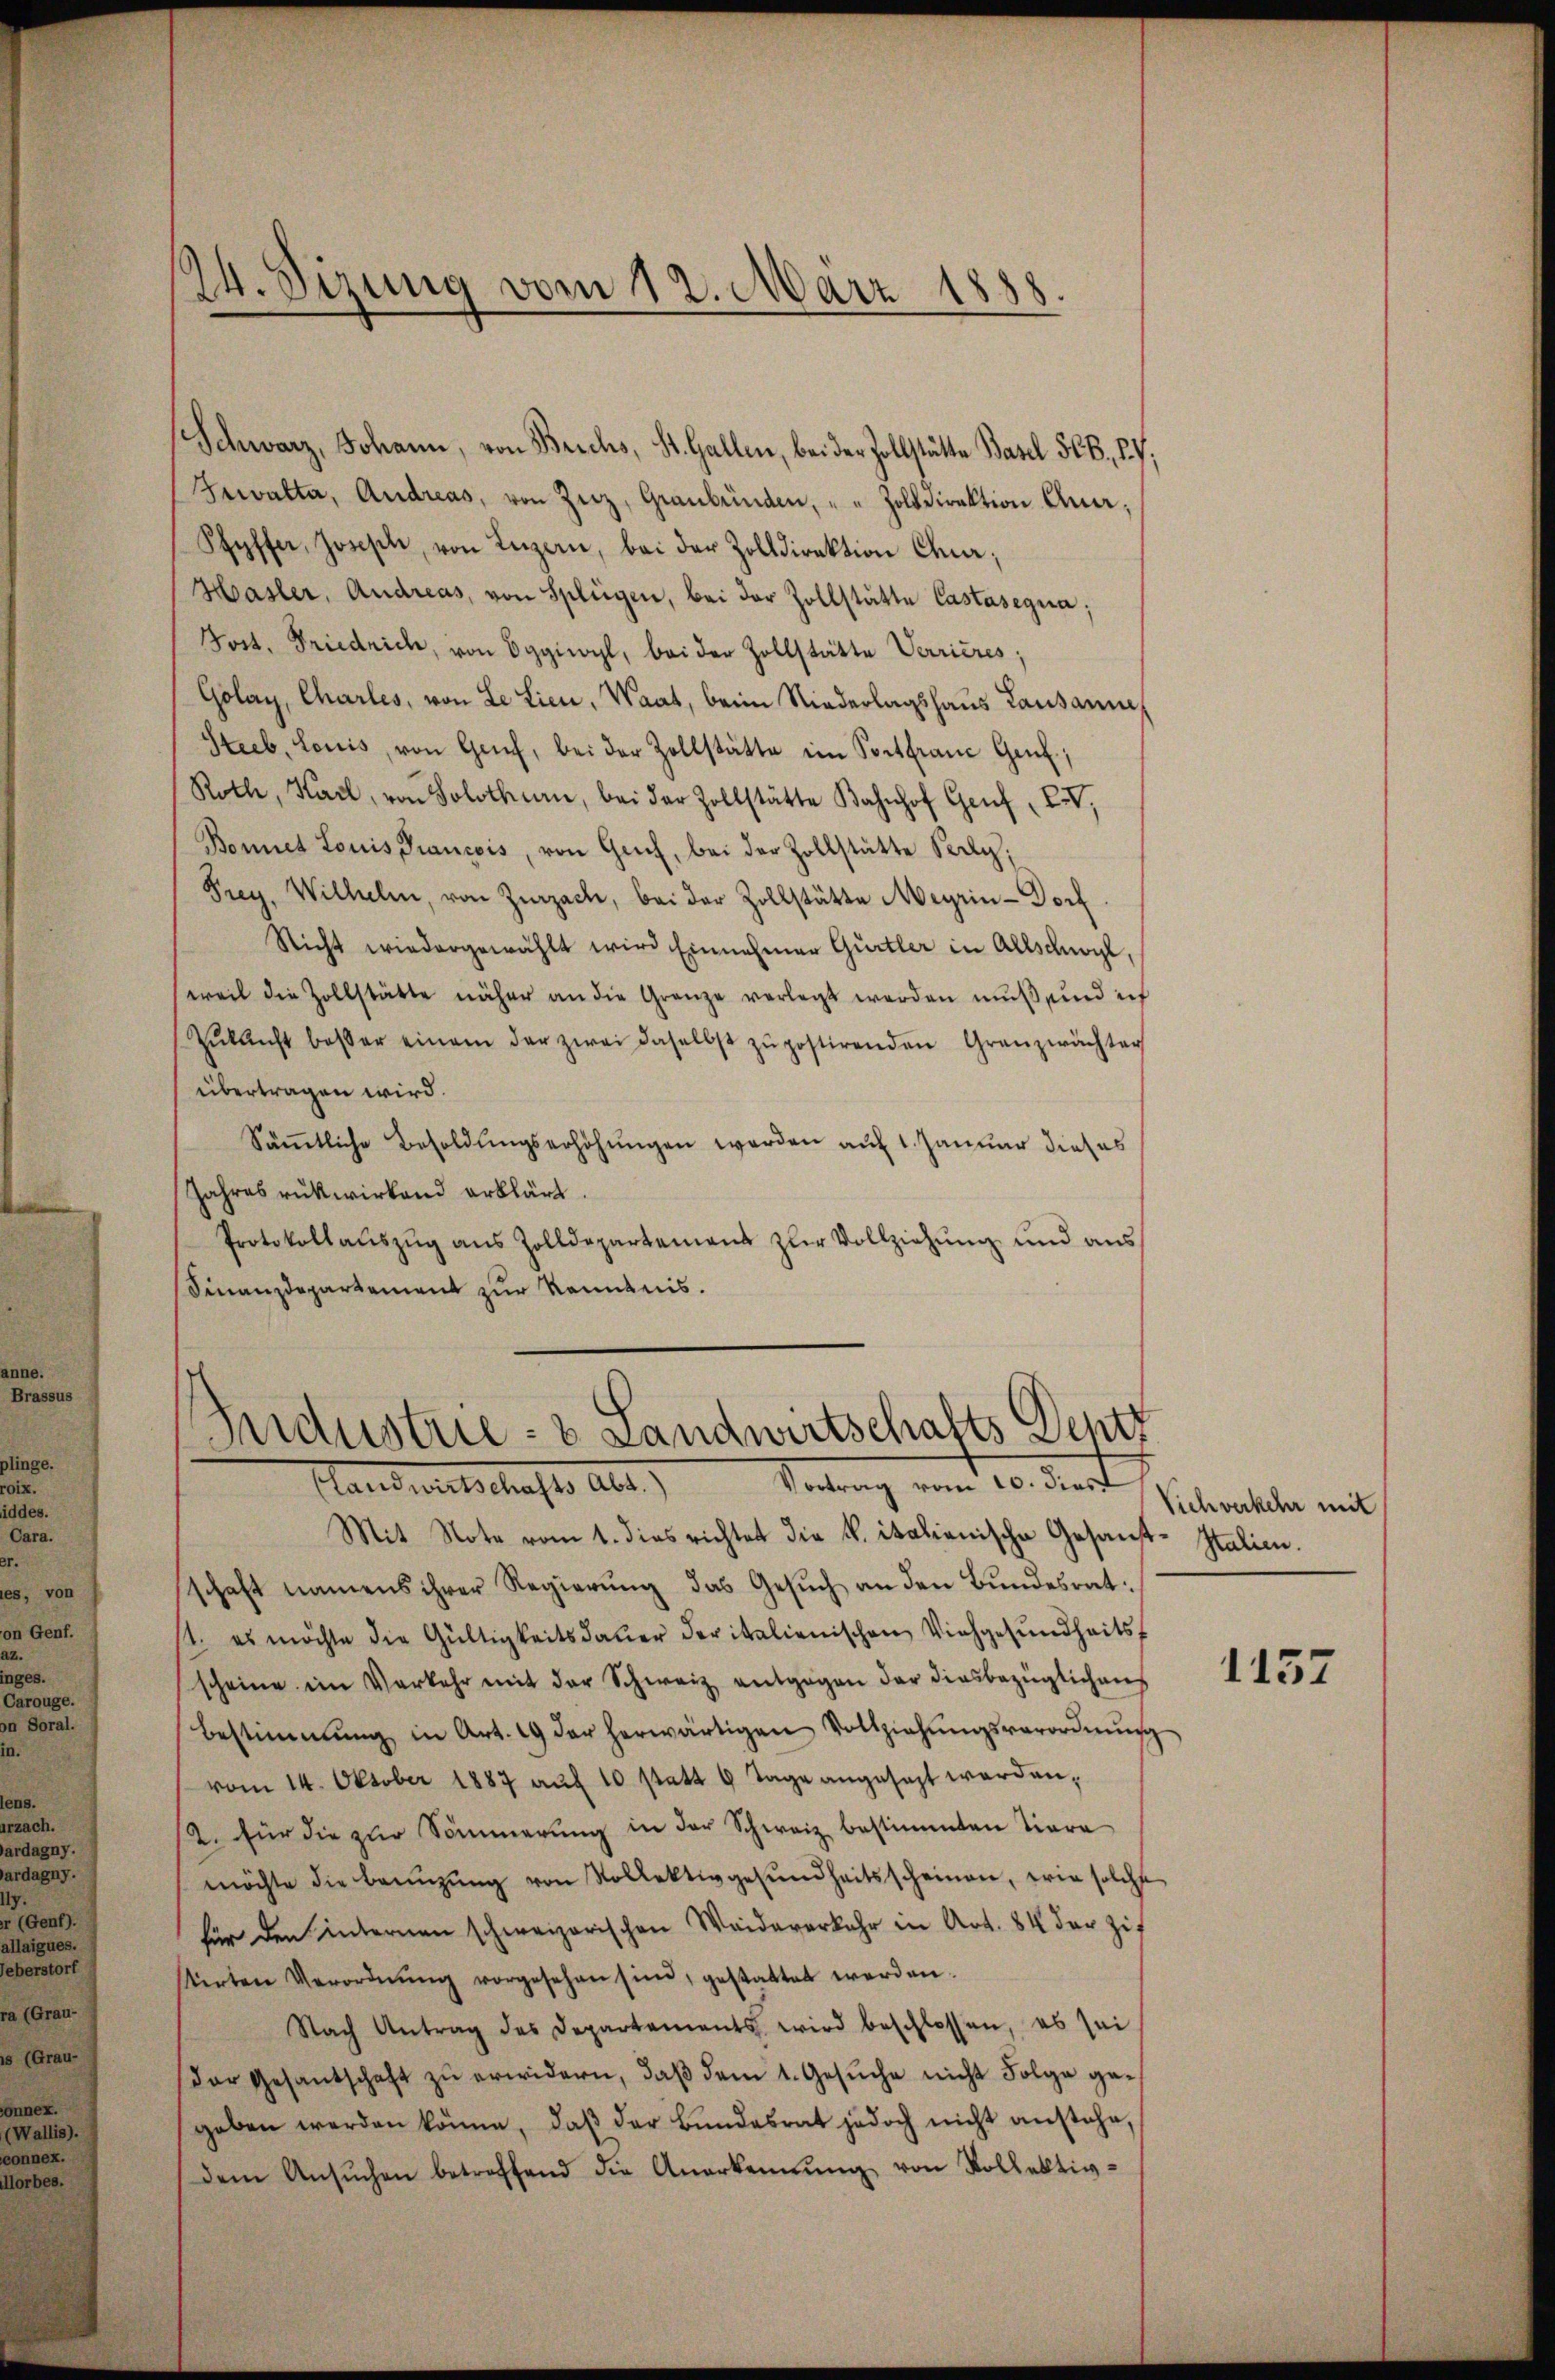
Schwarz, Johann, von Berchs, St. Gallen, bei der Zollstätte Basel 506, 17,
Gewalter, Andreas, von Zuz, Graubünden, " " Zolldirektion Ana¬
Styffer, Joseph, von Luzern, bei der Zolldirektion Chur,
Hasler, Andreas, von Splügen, bei der Zollstätte Castasegua
Post. Friedrich, von Eggioyl, bei der Zollstätte Verrières;
Golay, Charles, von Le Lieu, Waat, beim Niederlagshaus Lausanne
Steeb, Louis, von Genf, bei der Zollstätte im Soctfranc Genf;
Roth, Karl, von Solothurn, bei der Zollstätte Bahnhof Genf XIV,
Bonnet Louis Francois, von Gech, bei der Zollstätte Seele,
Prey. Wilhelm, von Zurzach, bei der Zollstätte Meyrin Dorf
Nicht wiedergewählt wird Einnahmen Gurtler in Allschwyl,
weil die Zollstätte näher an die Granze verlegt werden mŭβ und ich
Zŭlanft besser einem der zwei daselbst zŭ postirenden Granzwächter
übertragen wird.
Säṁtliche Besoldŭngserhöhŭngen werden auf 1. Januar dieses
Jahres rükwirkend erklärt.
Protokollauszug aus Zolldepartemens zur Vollziehung und aus
Finanzdepartement zur Kenntnis.

24. Sizung vom 12. März 1888.

Industrie- & Landwirtschafts Deptz
Vortrag vom 10. dies
Handwirtschafte als

Mit Note vom 1. dies richtet die K. italienische Gesandt-Italien.
schaft namens ihrer Regierung das Gesuch an den Bundesrat:
11. es möchte die Gültigkeitsdauer der italienischen Viehgesundheits
scheine im Verkehr mit der Schweiz entgegen der diesbezüglichens
Bestimmung in Art. 19 der herwärtigen Vollziehŭngsverordnŭng
vom 14. Oktober 1887 aŭf 10 statt 6 Tage angesezt werden,
12. für die zur Sommerung in der Schweiz bestimmten Tiera
möchte die Brünzŭng von Rollektivgesŭndheitsscheinen, wie solche
für den Unternen schweizerischen Weideverkehr in Art. 84 der Zif
stirten Verordnŭng vorgesehen sind, gestattet werden.
Nach Antrag des Departements wird beschlossen, es sei
der Gesandschaft zŭ erwidern, daβ dem 1. Gesŭche nicht Folge ge-
geben werden könne, daβ der Bŭndesrat jedoch nicht anstehe,
dem Ansŭchen betreffend die Anerkennung von Vollektiv-

Vichverkehr mit

1457